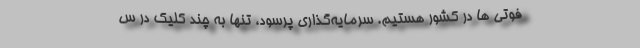
فوتی ها در کشور هستیم. سرمایه‌گذاری پُرسود، تنها به چند کلیک در س